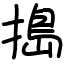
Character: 搗